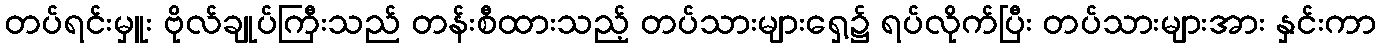
တပ်ရင်းမှူး ဗိုလ်ချုပ်ကြီးသည် တန်းစီထားသည့် တပ်သားများရှေ့၌ ရပ်လိုက်ပြီး တပ်သားများအား နှင်းကာ